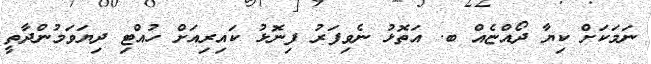
ނަމަކަށް ކިޔާ ދޯއްޏެއް ބ. އަތޮޅު ނެވިފަރު ފިނޮޅު ކައިރިއަށް ހުއްޓި ދިޔަވަމުންދާތީ